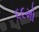
૬૯મો